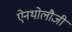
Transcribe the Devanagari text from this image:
ऐनथोलौजी